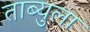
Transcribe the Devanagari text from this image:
ताब्युला